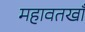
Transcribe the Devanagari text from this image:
महावतखाँ